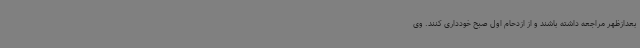
بعدازظهر مراجعه داشته باشند و از ازدحام اول صبح خودداری کنند. وی